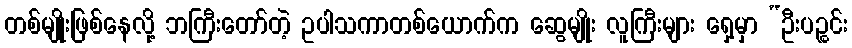
တစ်မျိုးဖြစ်နေလို့ ဘကြီးတော်တဲ့ ဥပါသကာတစ်ယောက်က ဆွေမျိုး လူကြီးများ ရှေ့မှာ “ဦးပဉ္စင်း